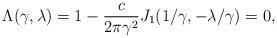
LaTeX: \begin{align*}\Lambda(\gamma,\lambda) = 1- \frac{c}{2\pi \gamma^2} J_1(1/\gamma,-\lambda/\gamma) =0,\end{align*}